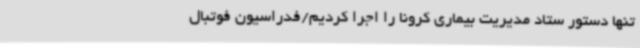
تنها دستور ستاد مدیریت بیماری کرونا را اجرا کردیم/فدراسیون فوتبال